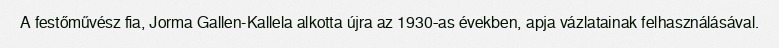
A festőművész fia, Jorma Gallen-Kallela alkotta újra az 1930‑as években, apja vázlatainak felhasználásával.